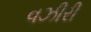
વઝીરી